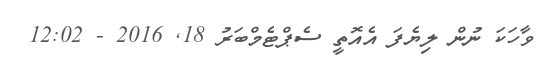
ވާހަކަ ނުން ލިޔެފަ އެއޮތީ ސެޕްޓެމްބަރު 18